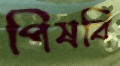
পিষবি